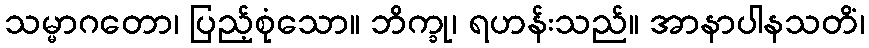
သမ္မာဂတော၊ ပြည့်စုံသော။ ဘိက္ခု၊ ရဟန်းသည်။ အာနာပါနသတိံ၊